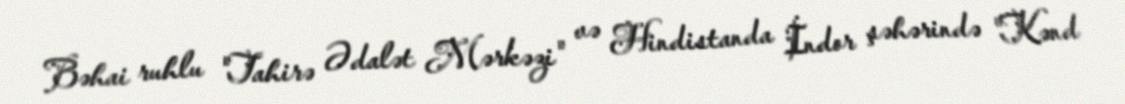
Bəhai ruhlu "Tahirə Ədalət Mərkəzi" və Hindistanda İndor şəhərində "Kənd